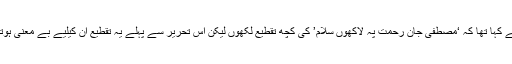
مجھے افضل صاحب کی فرمائش یاد ہے جس میں نے انہوں نے کہا تھا کہ ‘مصطفیٰ جانِ رحمت پہ لاکھوں سلام’ کی کچھ تقطیع لکھوں لیکن اس تحریر سے پہلے یہ تقطیع ان کیلیے بے معنی ہوتی، انشاءاللہ آئندہ اس نعت کی تقطیع لکھنے کی کوشش کرونگا۔